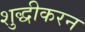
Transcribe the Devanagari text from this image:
शुद्धीकरन